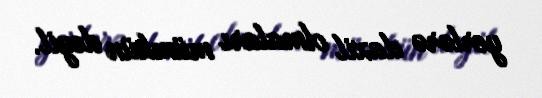
yerlərə daxil olmaları mümkün deyil.